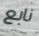
نابع